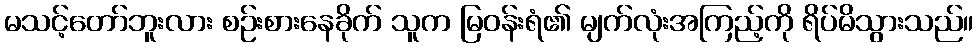
မသင့်တော်ဘူးလား စဉ်းစားနေခိုက် သူက မြဝန်းရံ၏ မျက်လုံးအကြည့်ကို ရိပ်မိသွားသည်။